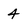
Character: 4